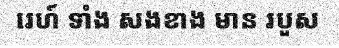
រេហ៍ ទាំង សងខាង មាន របួស